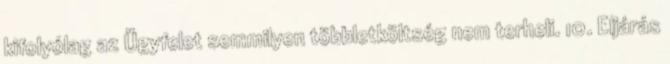
kifolyólag az Ügyfelet semmilyen többletköltség nem terheli. 10. Eljárás